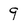
Character: 9